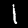
Digit: 1